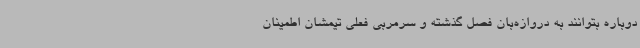
دوباره بتوانند به دروازه‌بان فصل گذشته و سرمربی فعلی تیمشان اطمینان